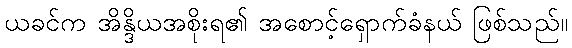
ယခင်က အိန္ဒိယအစိုးရ၏ အစောင့်ရှောက်ခံနယ် ဖြစ်သည်။